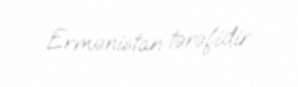
Ermənistan tərəfidir.